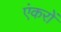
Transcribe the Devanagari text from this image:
एंकरों